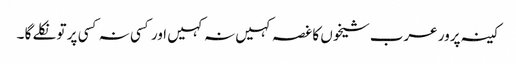
کینہ پرور عرب شیخوں کا غصہ کہیں نہ کہیں اور کسی نہ کسی پر تو نکلے گا ۔